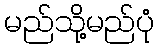
မည်သို့မည်ပုံ